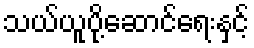
သယ်ယူပို့ဆောင်ရေးနှင့်